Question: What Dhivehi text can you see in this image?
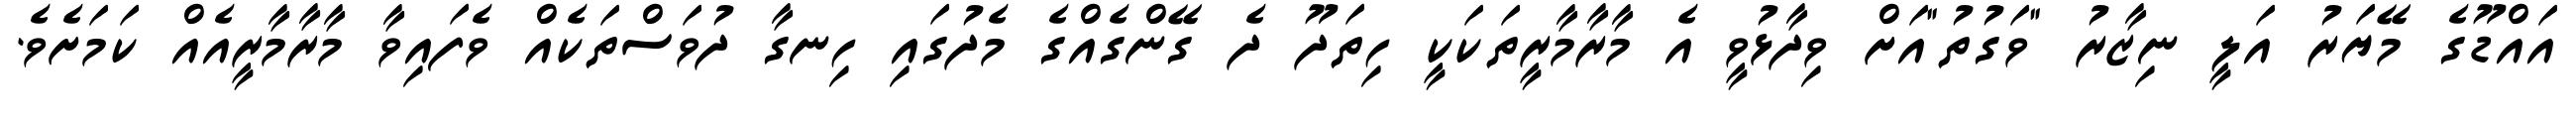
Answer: އައްޑޫގެ މޭޔަރު އަލީ ނިޒާރު "ވަގުތު"އަށް ވިދާޅުވީ އެ މާރާމާރީތަކަކީ ހިތަދޫ ދެ ގޭންގެއްގެ މެދުގައި ހިނގާ ދުވަސްތަކެއް ވެފައިވާ މާރާމާރީއެއް ކަމަށެވެ.